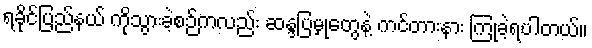
ရခိုင်ပြည်နယ် ကိုသွားခဲ့စဉ်ကလည်း ဆန္ဒပြမှုတွေနဲ့ ကင်တားနား ကြုံခဲ့ရပါတယ်။